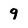
Character: 9